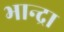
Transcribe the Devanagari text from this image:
भान्द्रा